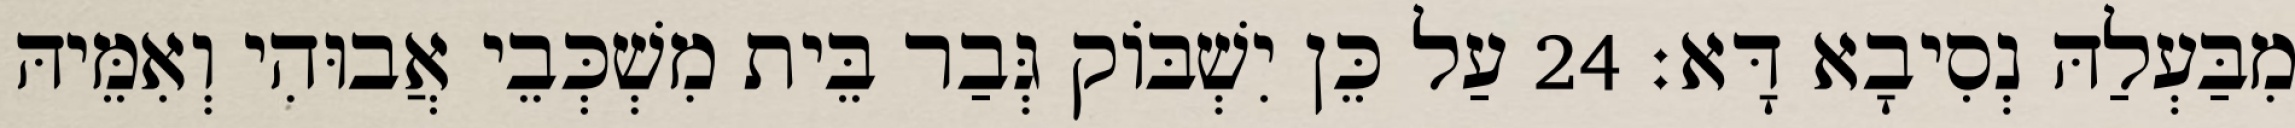
מִבַּעְלַהּ נְסִיבָא דָּא׃ 24 עַל כֵּן יִשְׁבּוֹק גְּבַר בֵּית מִשְׁכְּבֵי אֲבוּהִי וְאִמֵּיהּ